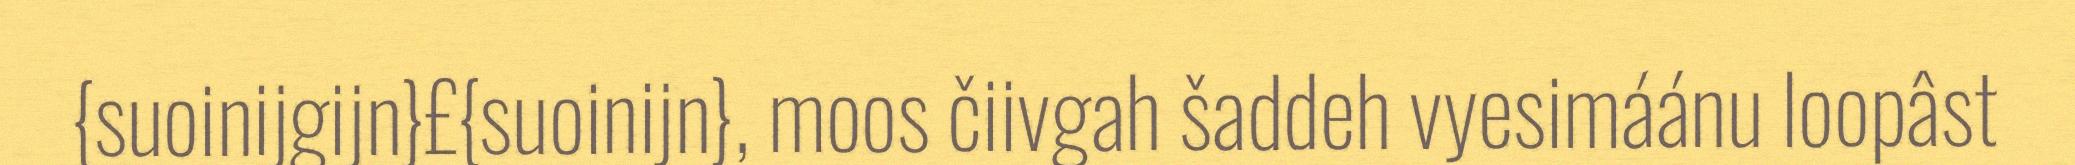
{suoinijgijn}£{suoinijn}, moos čiivgah šaddeh vyesimáánu loopâst